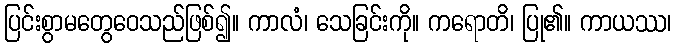
ပြင်းစွာမတွေဝေသည်ဖြစ်၍။ ကာလံ၊ သေခြင်းကို။ ကရောတိ၊ ပြု၏။ ကာယဿ၊